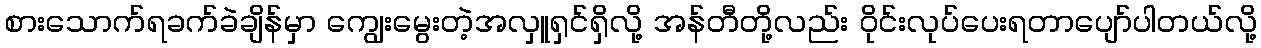
စားသောက်ရခက်ခဲချိန်မှာ ကျွေးမွေးတဲ့အလှူရှင်ရှိလို့ အန်တီတို့လည်း ဝိုင်းလုပ်ပေးရတာပျော်ပါတယ်လို့